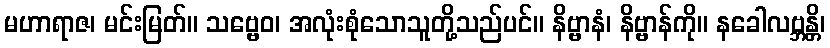
မဟာရာဇ၊ မင်းမြတ်။ သဗ္ဗေဝ၊ အလုံးစုံသောသူတို့သည်ပင်။ နိဗ္ဗာနံ၊ နိဗ္ဗာန်ကို။ နခေါလဗ္ဘန္တိ၊